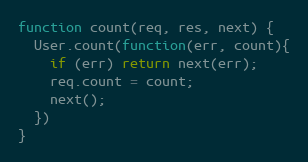
Language: JavaScript
function count(req, res, next) {
  User.count(function(err, count){
    if (err) return next(err);
    req.count = count;
    next();
  })
}